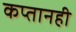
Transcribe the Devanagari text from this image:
कप्तानही